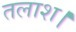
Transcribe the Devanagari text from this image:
तलाश।